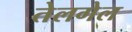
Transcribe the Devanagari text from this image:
तेलगेल